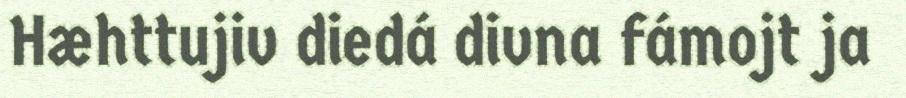
Hæhttujiv diedá divna fámojt ja